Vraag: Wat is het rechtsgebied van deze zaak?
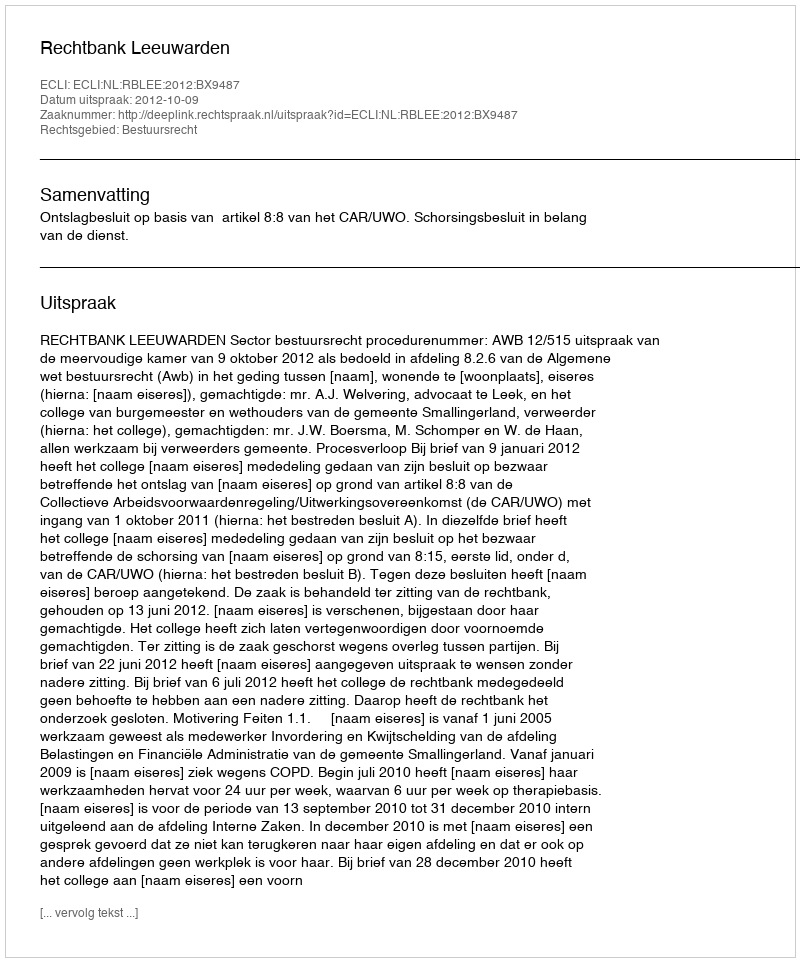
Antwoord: Bestuursrecht